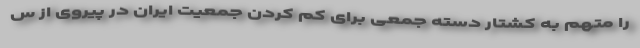
را متهم به کشتار دسته جمعی برای کم کردن جمعیت ایران در پیروی از س